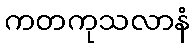
ကတကုသလာနံ